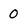
Character: 0